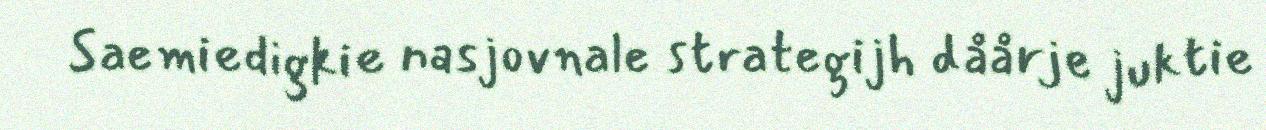
Saemiedigkie nasjovnale strategijh dåårje juktie